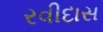
રવીદાસ